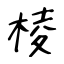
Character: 棱